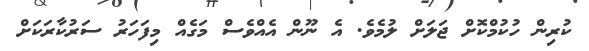
ކުރިން ހުކުމްކޮށް ޖަލަށް ލުމެވެ. އެ ނޫން އެއްވެސް މަގެއް މިފަހަރު ސަރުކާރަކަށް